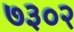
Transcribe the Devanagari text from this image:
७३०२